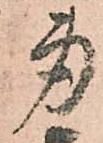
身